Lunatic asylums Central Provinces reports 1895-1909 - 1895-1909
Year: 1895
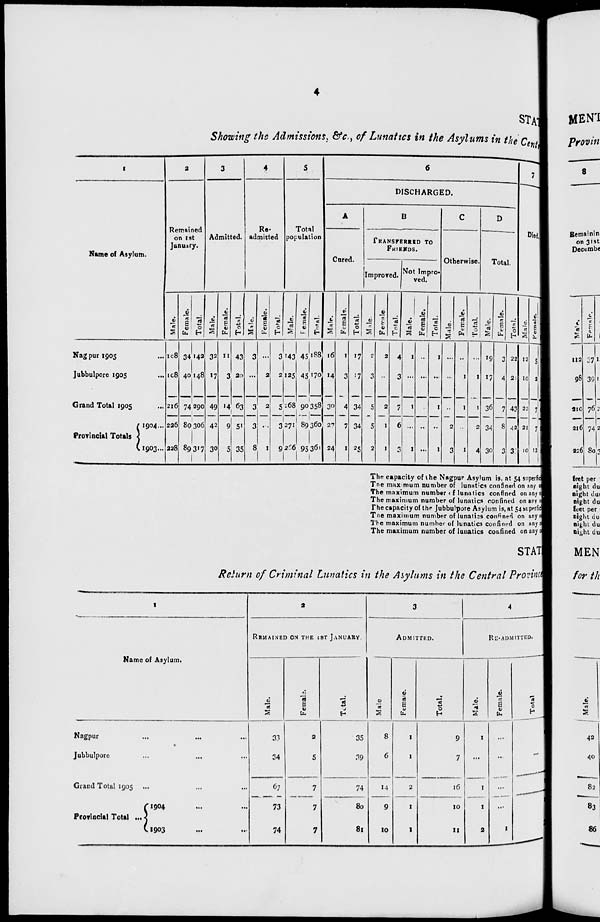
4
STAT
Showing the Admissions, &c., of Lunatics in the Asylums in the Centr
1
Name of Asylum.
Nagpur 1905 ...
Jubbulpore 1905 ...
Grand Total 1905 ...
Provincial Totals
1904 ...
1903 ...
2
Remained
on 1st
January.
Male.
108
108
216
226
228
Female.
34
40
74
80
89
Total.
142
148
290
306
317
3
Admitted.
Male.
32
17
49
42
30
Female.
11
3
14
9
5
Total.
43
20
63
51
35
4
Re-
admitted
Male.
3
...
3
3
8
Female.
...
2
2
...
1
Total.
3
2
5
3
9
5
Total
population
Male.
143
125
268
271
266
Female.
45
45
90
89
95
Total.
188
170
358
360
361
6
DISCHARGED.
A
Cured.
Male.
16
14
30
27
24
Female.
1
3
4
7
1
Total.
17
17
34
34
25
B
TRANSFERRED TO
FRIENDS.
Improved.
Male.
2
3
5
5
2
Female.
2
...
2
1
1
Total.
4
3
7
6
3
Not Impro-
ved.
Male.
1
...
1
...
1
Female.
...
...
...
...
...
Total.
1
...
1
...
1
C
Otherwise.
Male.
...
...
...
2
3
Female.
...
1
1
...
1
Total.
...
1
1
2
4
D
Total.
Male.
19
17
36
34
30
Female.
3
4
7
8
3
Total.
22
21
43
42
33
7
Died.
Male.
12
10
22
21
10
Female.
5
2
7
7
12
The capacity of the Nagpur Asylum is, at 54 superficial
The maximum number of lunatics confined on any one
The maximum number of lunatics confined on any one
The maximum number of lunatics confined on any one
The capacity of the Jubbulpore Asylum is, at 54 supprficial
The maximum number of lunatics confined on any one
The maximum number of lunatics confined on any one
The maximum number of lunatics confined on any one
STAT
Return of Criminal Lunatics in the Asylums in the Central Provincial
1
Name of Asylum.
Nagpur ... ... ...
Jubbulpore ... ... ...
Grand Total 1905 ...
Provincial Total ...
1904 ... ...
1903
...
...
2
REMAINED ON THE 1ST JANUARY.
Male.
33
34
67
73
74
Female.
2
5
7
7
7
Total.
35
39
74
80
81
3
ADMITTED.
Male
8
6
14
9
10
Female.
1
1
2
1
1
Total.
9
7
16
10
11
4
RE-ADMITTED.
Male.
1
...
1
1
2
Female.
...
...
...
...
1
Total
1
...
1
1
3